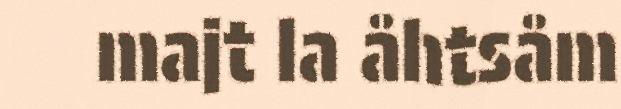
majt la åhtsåm